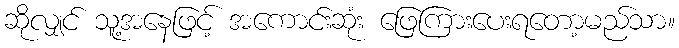
ဆိုလျှင် သူ့အနေဖြင့် အကောင်းဆုံး ဖြေကြားပေးရတော့မည်သာ။